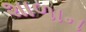
શાળાન